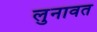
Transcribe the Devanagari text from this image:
लुनावत